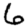
Digit: 6